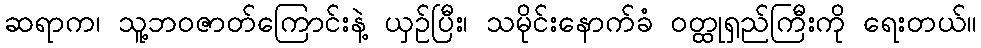
ဆရာက၊ သူ့ဘဝဇာတ်ကြောင်းနဲ့ ယှဉ်ပြီး၊ သမိုင်းနောက်ခံ ဝတ္ထုရှည်ကြီးကို ရေးတယ်။